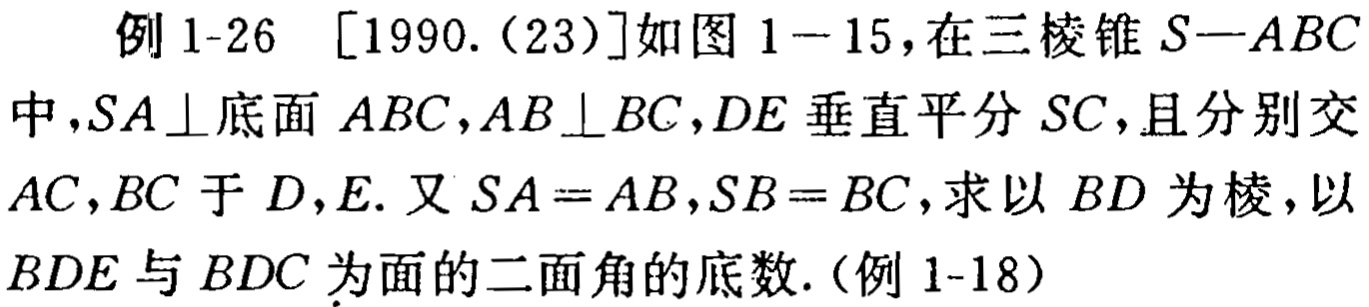
例 1-26 [1990.(23)]如图 1-15，在三棱锥 \(S - ABC\)中，\(SA\perp\)底面 \(ABC\)，\(AB\perp BC\)，\(DE\)垂直平分 \(SC\)，且分别交 \(AC,BC\) 于 \(D,E\). 又 \(SA = AB\)，\(SB = BC\)，求以 \(BD\) 为棱，以 \(BDE\) 与 \(BDC\) 为面的二面角的底数.(例 1-18)